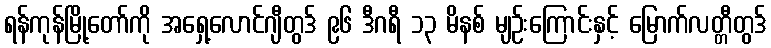
ရန်ကုန်မြို့တော်ကို အရှေ့လောင်ဂျီတွဒ် ၉၆ ဒီဂရီ ၁၃ မိနစ် မျဉ်းကြောင်းနှင့် မြောက်လတ္တီတွဒ်